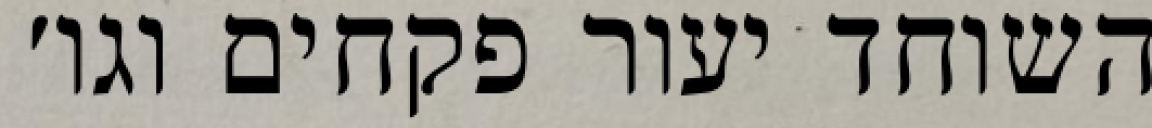
השוחד יעור פקחים וגו׳